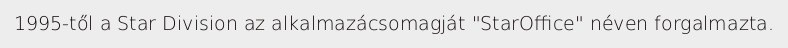
1995-től a Star Division az alkalmazácsomagját "StarOffice" néven forgalmazta.